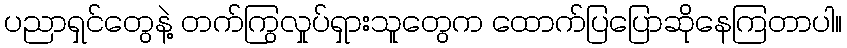
ပညာရှင်တွေနဲ့ တက်ကြွလှုပ်ရှားသူတွေက ထောက်ပြပြောဆိုနေကြတာပါ။